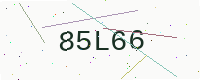
Text: 85L66